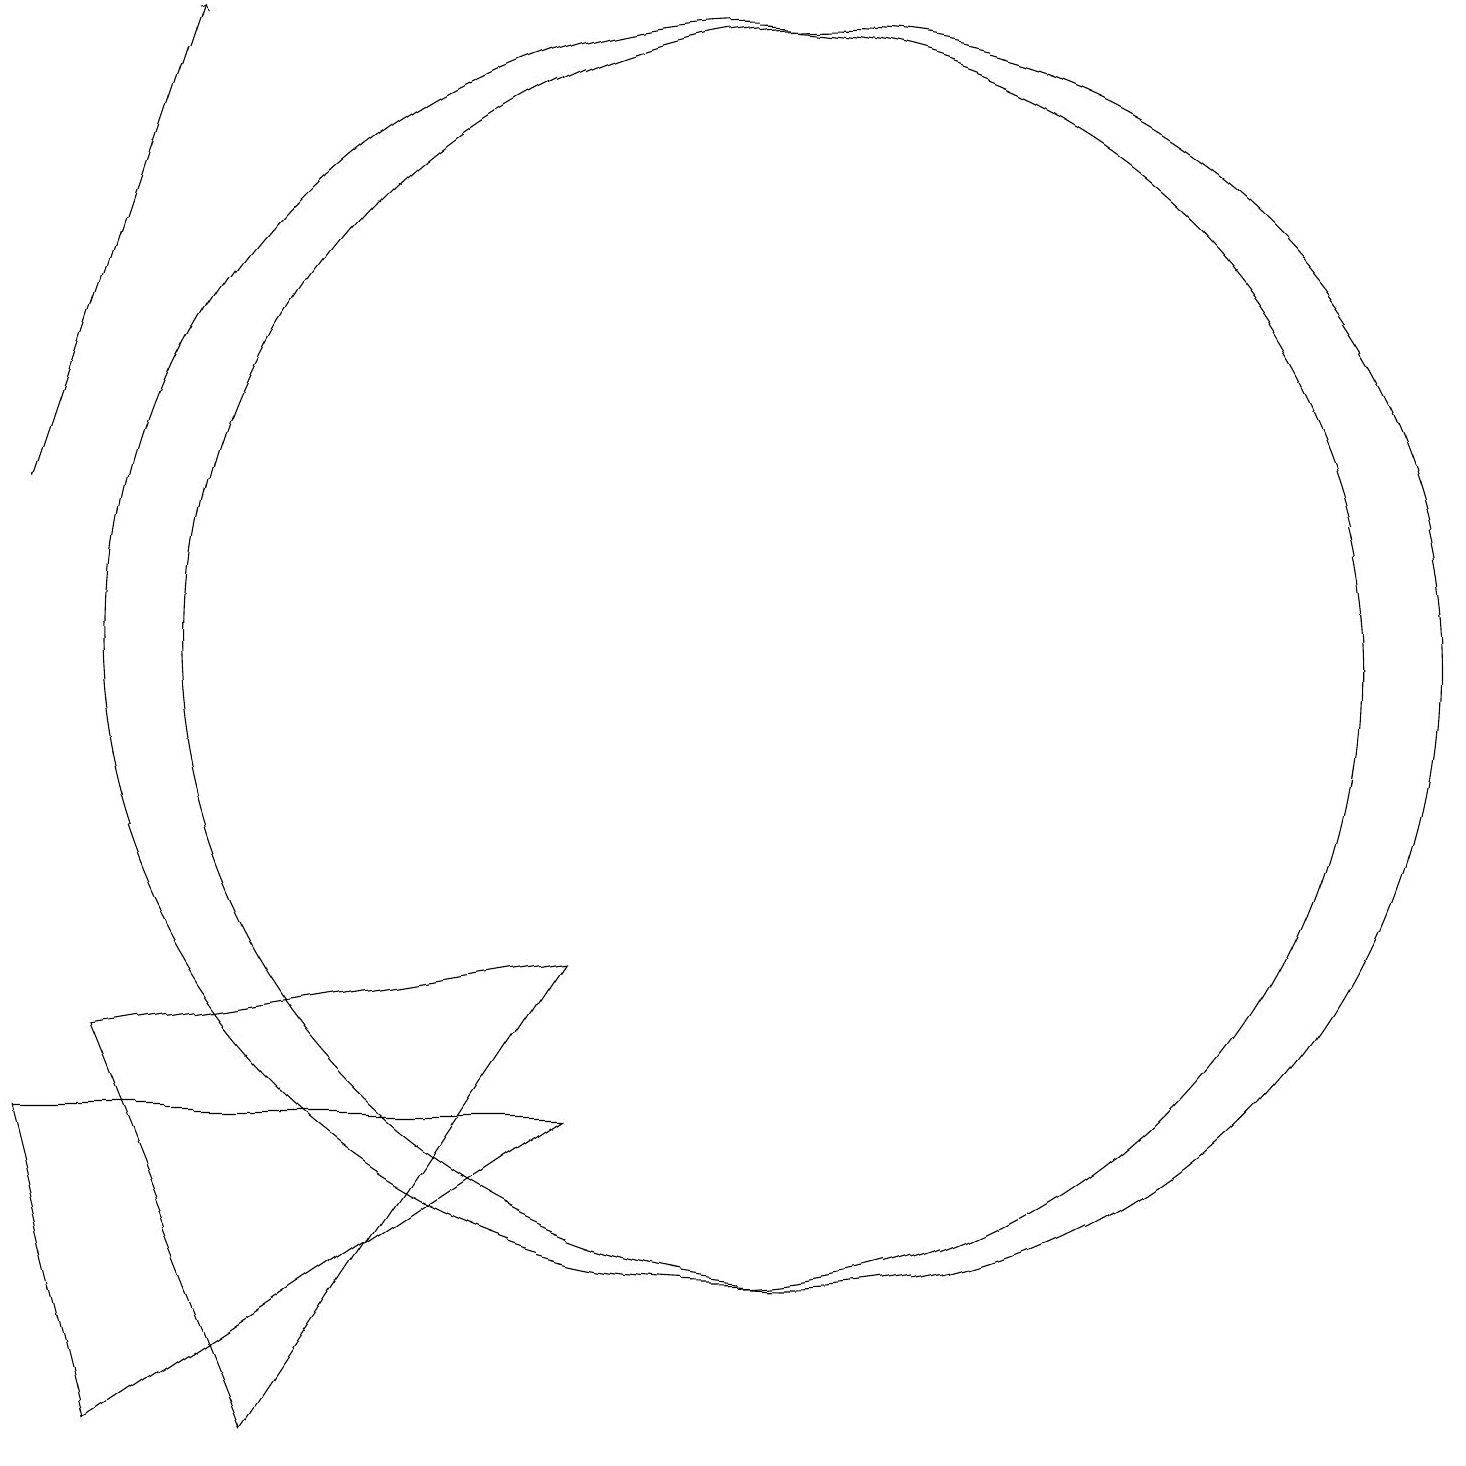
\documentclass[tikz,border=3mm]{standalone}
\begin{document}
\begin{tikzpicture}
\draw[->] (2,13) -- (4,19);
\draw (12,11) circle (8);
\draw (11,11) circle (8);
\draw (9,7) -- (5,1) -- (3,6) -- cycle;
\draw (3,1) -- (9,5) -- (2,5) -- cycle;
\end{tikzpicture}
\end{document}